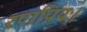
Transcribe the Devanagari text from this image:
रणप्रियः।